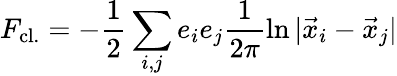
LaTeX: F_{\mathrm{cl.}}=-\frac{1}{2}\sum_{i,j}e_{i}e_{j}\frac{1}{2\pi}\ln\vert\vec{x}_{i}-\vec{x}_{j}\vert